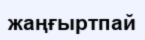
жаңғыртпай